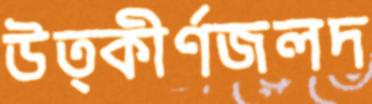
উত্কীর্ণজলদ